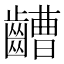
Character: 𪙡